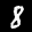
Label: 8